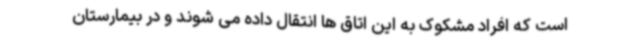
است که افراد مشکوک به این اتاق ها انتقال داده می شوند و در بیمارستان